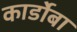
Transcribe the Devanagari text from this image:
कार्डोबा